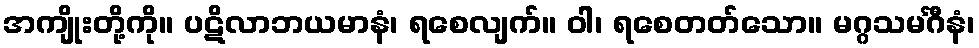
အကျိုးတို့ကို။ ပဋိလာဘယမာနံ၊ ရစေလျက်။ ဝါ၊ ရစေတတ်သော။ မဂ္ဂသမင်္ဂီနံ၊